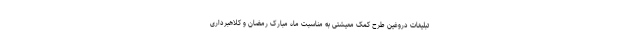
تبلیغات دروغین طرح کمک معیشتی به مناسبت ماه مبارک رمضان و کلاهبرداری